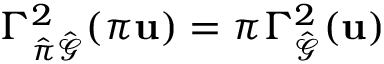
\Gamma _ { \hat { \pi } \hat { \mathcal { G } } } ^ { 2 } ( \pi \mathbf { u } ) = \pi \Gamma _ { \hat { \mathcal { G } } } ^ { 2 } ( \mathbf { u } )